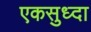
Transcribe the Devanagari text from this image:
एकसुध्दा